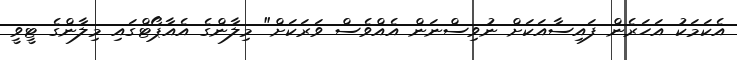
އެކަމަކު އަހަރެން ފައިސާއަކަށް ނުވިސްނަން އެއްވެސް ވަރަކަށް" މިލާންގެ އެއާޕޯޓްގައި މިލާންގެ ޓީވީ